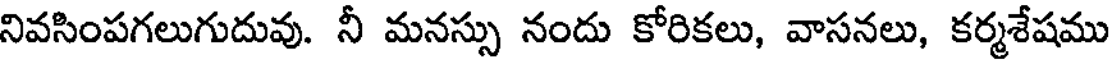
నివసింపగలుగుదువు. నీ మనస్సు నందు కోరికలు, వాసనలు, కర్మశేషము